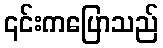
၎င်းကပြောသည်